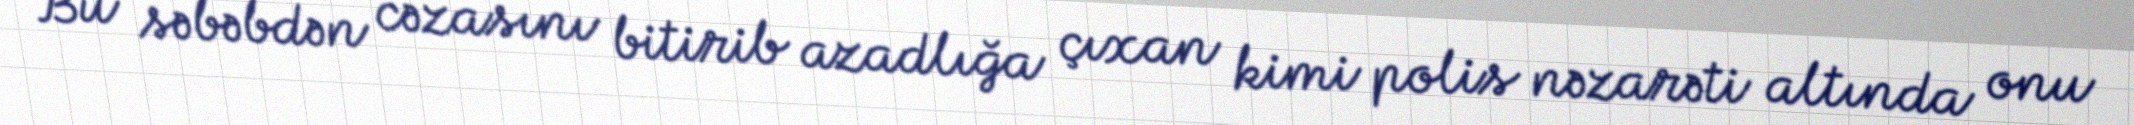
Bu səbəbdən cəzasını bitirib azadlığa çıxan kimi polis nəzarəti altında onu